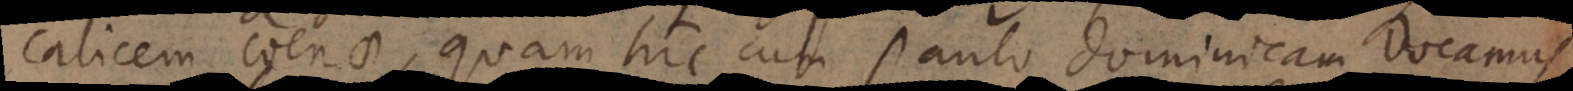
calicem coenae, quam hic cum Paulo dominicam vocamus,